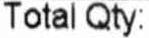
TOTAL QTY: